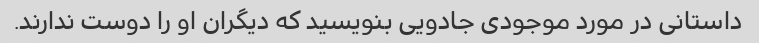
داستانی در مورد موجودی جادویی بنویسید که دیگران او را دوست ندارند.